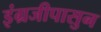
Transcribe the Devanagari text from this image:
इंग्रजीपासुन